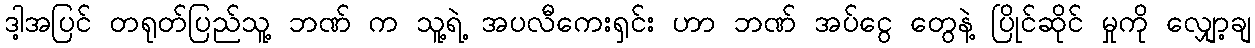
ဒါ့အပြင် တရုတ်ပြည်သူ့ ဘဏ် က သူ့ရဲ့ အပလီကေးရှင်း ဟာ ဘဏ် အပ်ငွေ တွေနဲ့ ပြိုင်ဆိုင် မှုကို လျှော့ချ